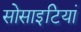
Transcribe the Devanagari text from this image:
सोसाइटियां